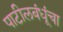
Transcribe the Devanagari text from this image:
पाटीलबंधूंचा